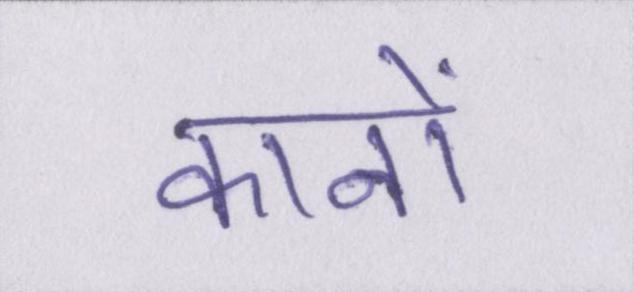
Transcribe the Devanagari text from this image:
कानों